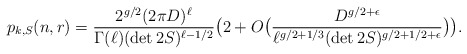
\begin{align*} p_{k,S}(n,r) = \frac{ 2^{g/2} (2\pi D)^\ell}{\Gamma(\ell)(\det 2S)^{\ell-1/2}}\big(2+ O\big( \frac{D^{g/2+\epsilon}}{\ell^{g/2+1/3}(\det 2S)^{g/2+1/2+\epsilon}} \big) \big).\end{align*}